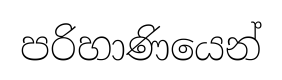
පරිහාණියෙන්